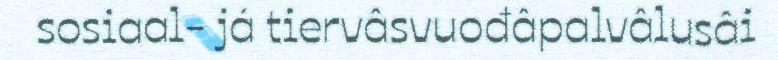
sosiaal- já tiervâsvuođâpalvâlusâi